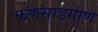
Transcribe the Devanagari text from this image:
फणसाडगाण